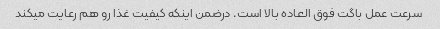
سرعت عمل باگت فوق العاده بالا است. درضمن اینکه کیفیت غذا رو هم رعایت میکند